Indian journal of veterinary science and animal husbandry - Volume 13,
Year: 1943
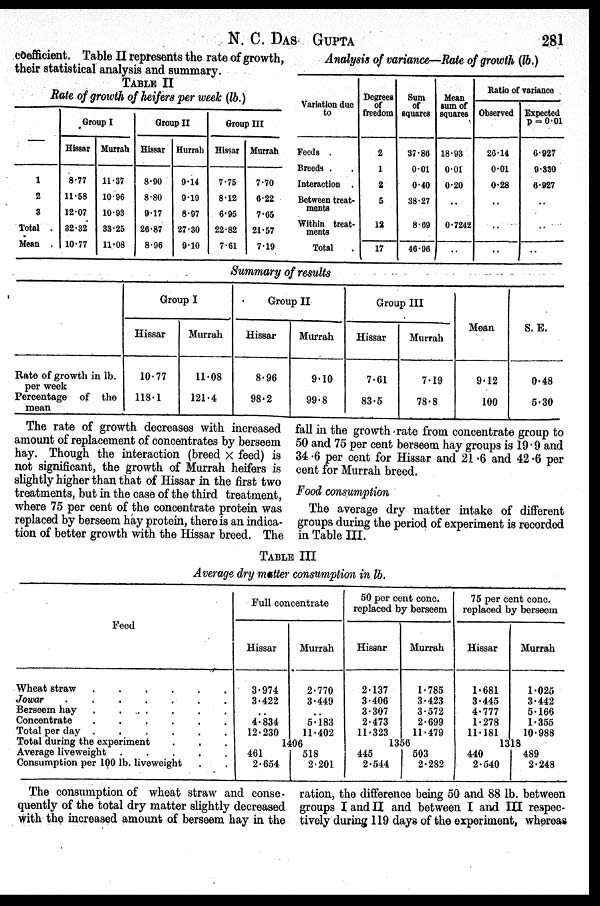
N. C.
DAS
GUPTA
281
coefficient. Table II represents the rate of growth,
their statistical analysis and summary.
TABLE
II
Rate of growth of heifers per week (lb.)
—
1
2
3
Total .
Mean .
Group I
Hissar
8.77
11.58
12.07
32.32
10.77
Murrah
11.37
10.96
10.93
33.25
11.08
Group II
Hissar
8.90
8.80
9.17
26.87
8.96
Hurrah
9.14
9.19
8.97
27.30
9.10
Group III
Hissar
7.75
8.12
6.95
22.82
7.61
Murrah
7.70
6.22
7.65
21.57
7.19
Analysis of variance—Rate of growth (lb.)
Variation due
to
Feeds .
Breeds . .
Interaction .
Between treat-
ments
Within treat-
ments
Total .
Degrees
of
freedom
2
1
2
5
12
17
Sum
of
squares
37.86
0.01
0.40
38.27
8.69
46.96
Mean
sum of
squares
18.93
0.01
0.20
..
0.7242
..
Ratio of variance .
Observed
26.14
0.01
0.28
..
..
..
Expected
p = 0.01
6.927
9.330
6.927
..
..
..
Summary of results
Rate of growth in lb.
per week
Percentage of the
mean
Group I
Hissar
10.77
118.1
Murrah
11.08
121.4
Group II
Hissar
8.96
98.2
Murrah
9.10
99.8
Group III
Hissar
7.61
83.5
Murrah
7.19
78.8
Mean
9.12
100
S. E.
0.48
5.30
The rate of growth decreases with increased
amount of replacement of concentrates by berseem
hay. Though the interaction (breed × feed) is
not significant, the growth of Murrah heifers is
slightly higher than that of Hissar in the first two
treatments, but in the case of the third treatment,
where 75 per cent of the concentrate protein was
replaced by berseem hay protein, there is an indica-
tion of better growth with the Hissar breed. The
fall in the growth rate from concentrate group to
50 and 75 per cent berseem hay groups is 19.9 and
34.6 per cent for Hissar and 21.6 and 42.6 per
cent for Murrah breed.
Food consumption
The average dry matter intake of different
groups during the period of experiment is recorded
in Table III.
TABLE III
Average dry matter consumption in lb.
Feed
Wheat straw
.
.
.
.
.
.
Jowar
.
.
.
.
.
.
Berseem hay
.
. . . .
Concentrate
.
.
.
.
.
.
Total per day .
.
.
.
.
.
Total during the experiment . . .
Average liveweight
.
.
.
.
.
Consumption per 100 lb. liveweight . .
Full concentrate
Hissar
3.974
3.422
..
4.834
12.230
Murrah
2.770
3.449
..
5.183
11.402
1406
461
2.654
518
2.201
50 per cent conc.
replaced by berseem
Hissar
2.137
3.406
3.307
2.473
11.323
Murrah
1.785
3.423
3.572
2.699
11.479
1356
445
2.544
503
2.282
75 per cent conc.
replaced by berseem
Hissar
1.681
3.445
4.777
1.278
11.181
Murrah
1.025
3.442
5.166
1.355
10.988
1318
440
2.540
489
2.248
The consumption of wheat straw and conse-
quently of the total dry matter slightly decreased
with the increased amount of berseem hay in the
ration, the difference being 50 and 88 lb. between
groups I and II and between I and III respec-
tively during 119 days of the experiment, whereas